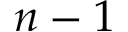
n - 1